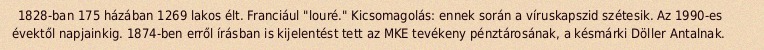
1828-ban 175 házában 1269 lakos élt. Franciául "louré." Kicsomagolás: ennek során a víruskapszid szétesik. Az 1990-es évektől napjainkig. 1874-ben erről írásban is kijelentést tett az MKE tevékeny pénztárosának, a késmárki Döller Antalnak.